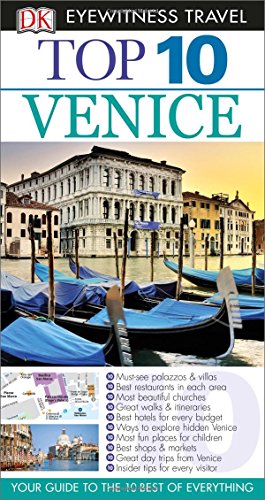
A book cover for Top 10 Venice (Eyewitness Top 10 Travel Guide); Gillian Price; Travel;